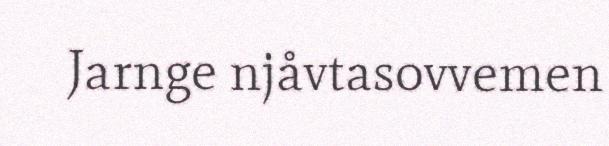
Jarnge njåvtasovvemen